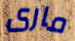
مارى